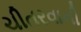
ચીતરવાની